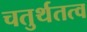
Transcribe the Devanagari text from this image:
चतुर्थतत्व